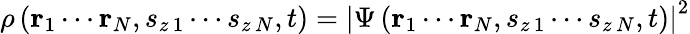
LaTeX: \rho\left(\mathbf{r}_{1}\cdots\mathbf{r}_{N},s_{z\, 1}\cdots s_{z\, N},t\right)=\left|\Psi\left(\mathbf{r}_{1}\cdots\mathbf{r}_{N},s_{z\, 1}\cdots s_{z\, N},t\right)\right|^{2}